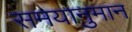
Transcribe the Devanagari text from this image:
समयानुमान